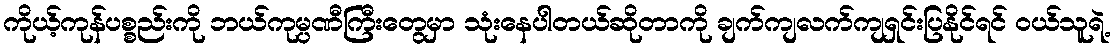
ကိုယ့်ကုန်ပစ္စည်းကို ဘယ်ကုမ္ပဏီကြီးတွေမှာ သုံးနေပါတယ်ဆိုတာကို ချက်ကျလက်ကျရှင်းပြနိုင်ရင် ၀ယ်သူရဲ့